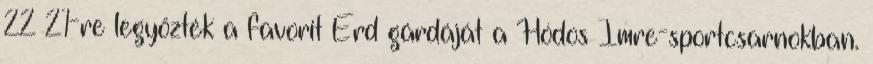
22–21-re legyőzték a favorit Érd gárdáját a Hódos Imre-sportcsarnokban.